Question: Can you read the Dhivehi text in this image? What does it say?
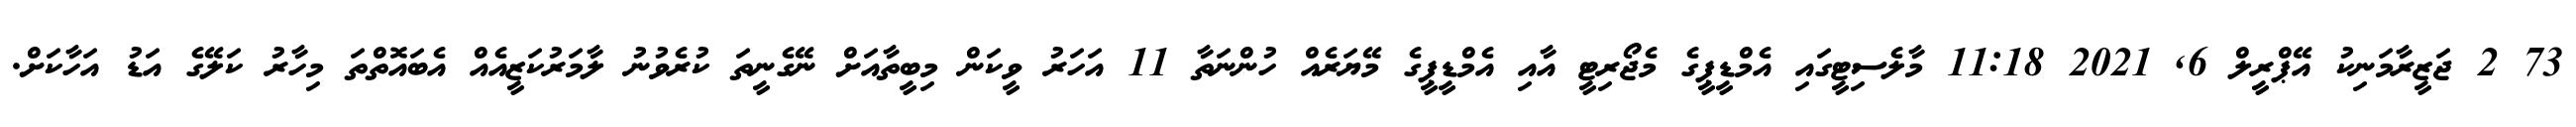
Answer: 73 2 ޖަޒީރާމަނިކު އޭޕްރީލް 6, 2021 11:18 މާލެސިޓީގައި އެމްޑީޕީގެ މެޖޯރިޓީ އާއި އެމްޑީޕީގެ މޭޔަރެއް ހުންނަތާ 11 އަހަރު ވީކަން މިބީތާއަށް ނޭގެނީތަ ކުރެވުނު ލާމަރުކަޒީއެއް އެބައޮތްތަ މިހާރު ކަލޭގެ އަޑު އަހާކަށް.